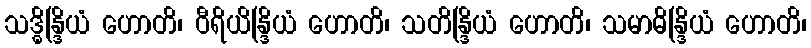
သဒ္ဓိန္ဒြိယံ ဟောတိ၊ ဝီရိယိန္ဒြိယံ ဟောတိ၊ သတိန္ဒြိယံ ဟောတိ၊ သမာဓိန္ဒြိယံ ဟောတိ၊